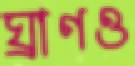
ঘ্রাণও